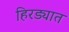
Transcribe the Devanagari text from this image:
हिरड्यात